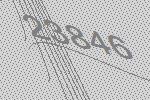
23846